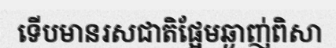
ទើបមានរសជាតិផ្អែមឆ្ងាញ់ពិសា